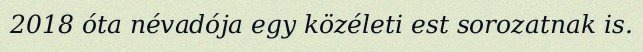
2018 óta névadója egy közéleti est sorozatnak is.